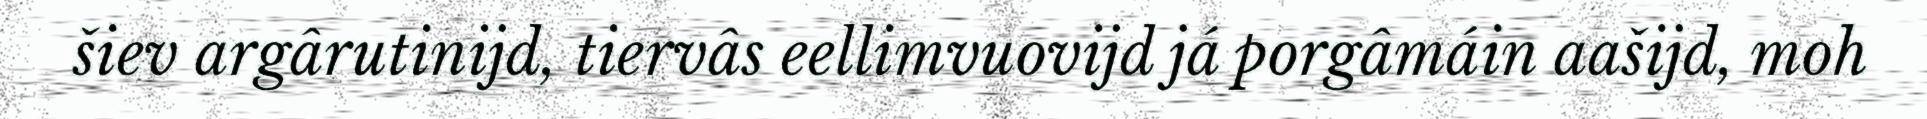
šiev argârutinijd, tiervâs eellimvuovijd já porgâmáin aašijd, moh